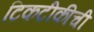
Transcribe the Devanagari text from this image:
टिकटीकीची